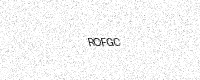
Text: ROFGC